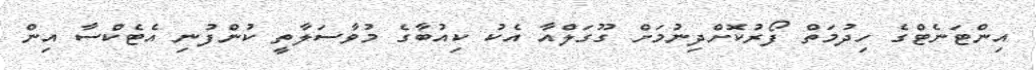
އިންޓަނެޓްގެ ހިދުމަތް ފޯރުކޮށްދިނުމަށް ގޫގަލްއާ އެކު ކިއުބާގެ މުވާސަލާތީ ކުންފުނި އެޓެކްސާ އިން